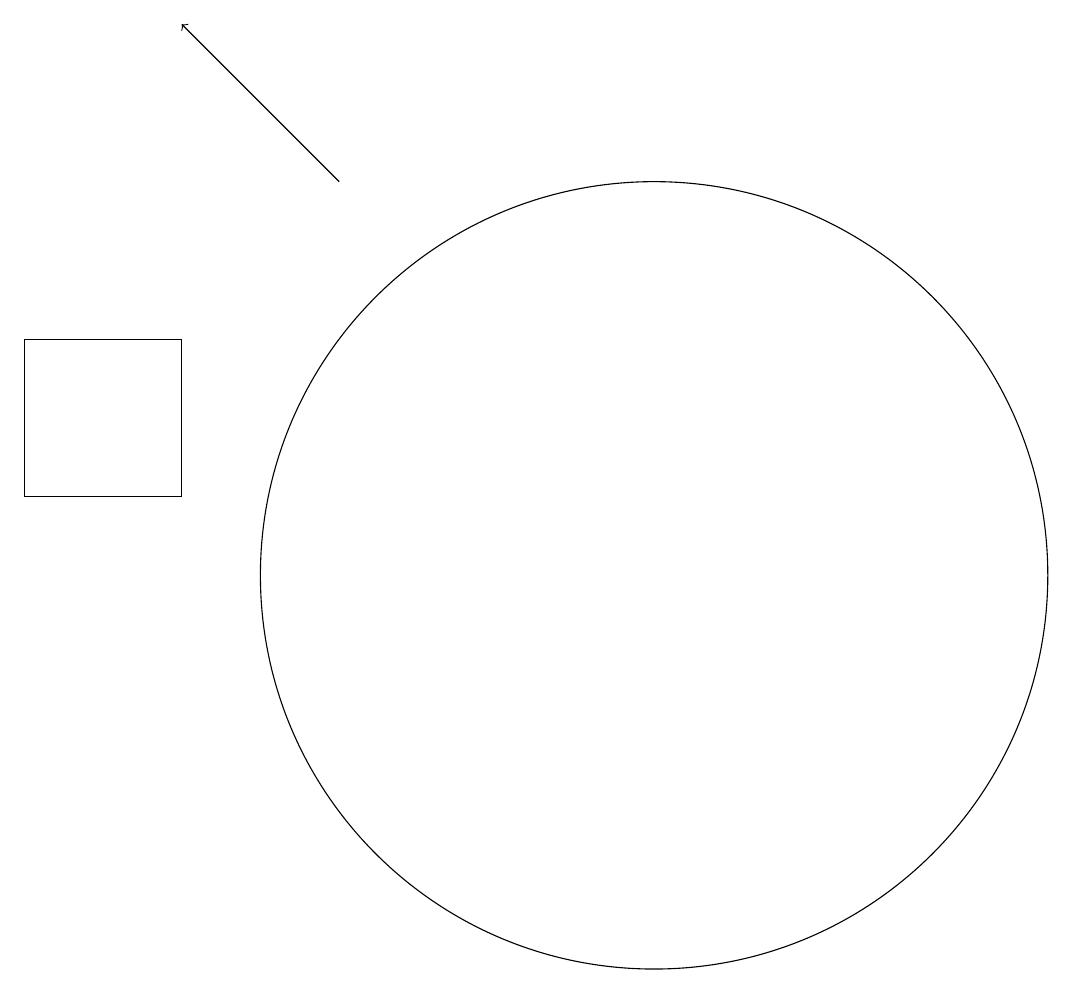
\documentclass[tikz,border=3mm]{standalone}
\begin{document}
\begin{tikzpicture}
\draw (3,12) rectangle (5,14);
\draw (11,11) circle (5);
\draw[->] (7,16) -- (5,18);
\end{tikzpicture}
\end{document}